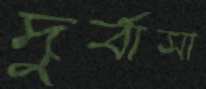
দুর্বাসা